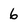
Character: 6